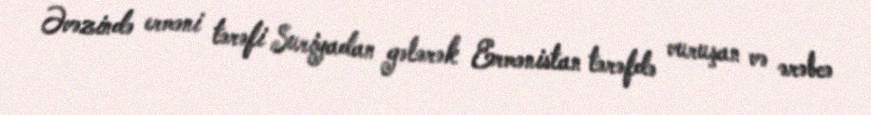
Əvəzində erməni tərəfi Suriyadan gələrək Ermənistan tərəfdə vuruşan və ərəbcə